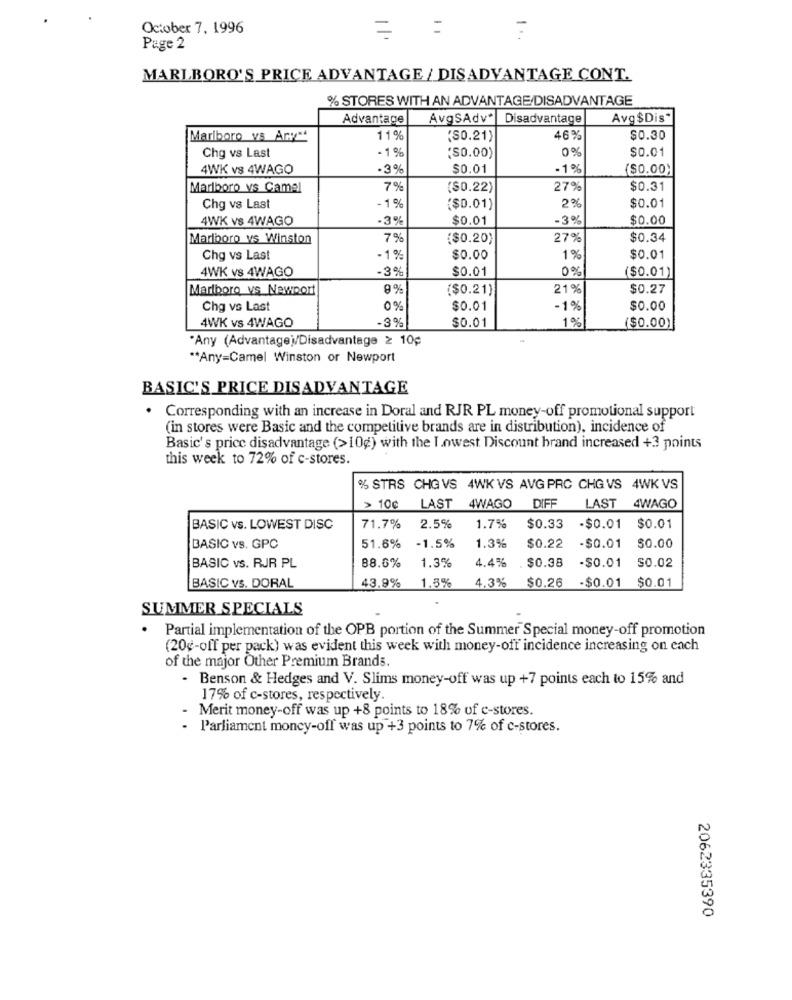
October 7, 1996
Page 2
MARLBORO'S PRICE ADVANTAGE / DISADVANTAGE CONT.
% STORES WITH AN ADVANTAGE/DISADVANTAGE
Advantage
AvgSAdv* Disadvantage
Avg $Dis*
Marlboro vs Ary **
11
(S0.21)
46%
$0.30
- 1 %
'S0.00)
0%
$0.01
Chg vs Last
4WK vs 4WAGO
-3%
$0.01
- 1%
($0.00)
Marlboro vs Camel
7%
($0.22)
27%
$0.31
-1 %
2%
$0.01
Chg vs Last
($0.01)
4WK vs 4WAGO
-3%
$0.01
-3%
$0.00
Marlboro ys Winston
7%
($0.20)
279
$0.34
Chg vs Last
- 1%
$0.00
1%
$0.01
4WK vs 4WAGO
-3%
$0.01
0%
($0.01)
Marlboro vs Newport
8%
($0.21)
21%
$0.27
Chg vs Last
0%
$0.01
-1%
$0.00
4WK vs 4WAGO
-3%
1%
$0.01
($0.00)
*Any (Advantagej/Disadvantage ≥ 10¢
** Any=Camel Winston or Newport
BASIC'S PRICE DISADVANTAGE
. Corresponding with an increase in Doral and RJR PL money-off promotional support
(in stores were Basic and the competitive brands are in distribution), incidence of
Basic's price disadvantage (>10g) with the Lowest Discount brand increased +3 points
this week to 72% of c-stores.
% STRS CHG VS 4WK VS AVG PRC CHG VS 4WK VS
> 100
LAST
4WAGO
DIFF
LAST
4WAGO
BASIC vs. LOWEST DISC
71.7%
2.5%
1.7%
$0.33
-$0.01 $0.01
BASIC vs. GPC
51.6%
-1.5%
1.3%
$0.22
-$0.01
$0.00
1.3%
4.4%
$0.38
-$0.01
50.02
BASIC vS. RJR PL
88.6%
43.9%
1.5%
4.3%
$0.26
-$0.01
$0.01
BASIC vs. DORAL
SUMMER SPECIALS
Partial implementation of the OPB portion of the Summer Special money-off promotion
(20g-off per pack) was evident this week with money-off incidence increasing on each
of the major Other Premium Brands.
- Benson & Hedges and V. Slims money-off was up +7 points each to 15% and
17% of c-stores, respectively.
Merit money-off was up +8 points to 18% of c-stores.
- Parliament money-off was up +3 points to 7% of c-stores.
2062335390